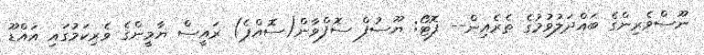
ނޫސްވެރިިންގެ ބައްދަލުވުމުގެ ތެރެއިން-- ފޮޓޯ: ޔޫސުފް ސޮފްވާން(ސޮއްޕެ) ރައީސް ޔާމީންގެ ވެރިކަމުގައި އައްޑޫ